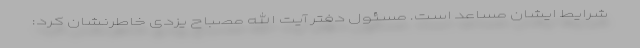
شرایط ایشان مساعد است. مسئول دفتر آیت الله مصباح یزدی خاطرنشان کرد: